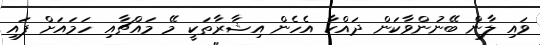
ވައި ލާން ބޭނުންވާކަން ދައްކާ އެހެން އިޝާރާތަކީ މޭ މައްޗާއި ހަމައަށް ފައި